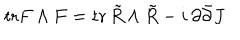
\mathrm { t r } F \wedge F = \mathrm { t r } \, \tilde { R } \wedge \tilde { R } - i \, \partial \bar { \partial } J \,